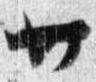
廿